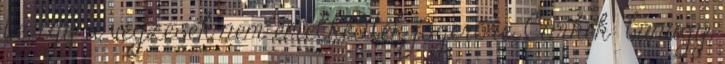
be, így a végzések nem emelkedtek jogerőre. Címkék: bűnügy,